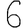
Digit: 6